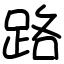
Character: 路